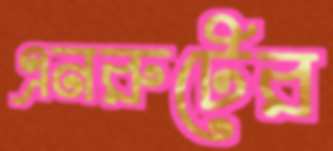
এনরুটের